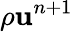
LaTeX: \rho\mathbf{u}^{n+1}